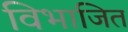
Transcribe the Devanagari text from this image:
विभाजित